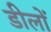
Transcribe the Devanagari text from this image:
डीलों